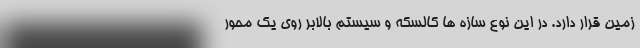
زمین قرار دارد. در این نوع سازه ها کالسکه و سیستم بالابر روی یک محور